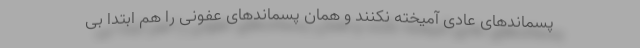
پسماند‌های عادی آمیخته نکنند و همان پسماند‌های عفونی را هم ابتدا بی